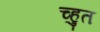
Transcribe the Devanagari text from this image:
च्हुत